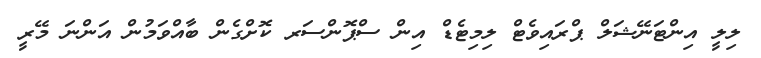
ލިލީ އިންޓަނޭޝަލް ޕްރައިވެޓް ލިމިޓެޑް އިން ސްޕޮންސަރ ކޮށްގެން ބާއްވަމުން އަންނަ މޭރީ